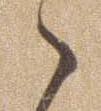
ゝ